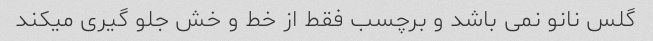
گلس نانو نمی باشد و برچسب فقط از خط و خش جلو گیری میکند